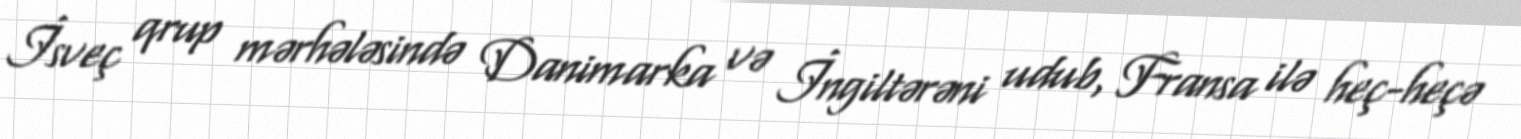
İsveç qrup mərhələsində Danimarka və İngiltərəni udub, Fransa ilə heç-heçə